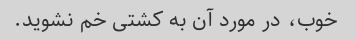
خوب، در مورد آن به کشتی خم نشوید.